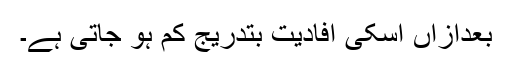
بعدازاں اسکی افادیت بتدریج کم ہو جاتی ہے۔